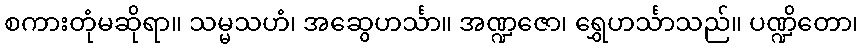
စကားတုံမဆိုရာ။ သမ္မသဟံ၊ အဆွေဟင်္သာ။ အဏ္ဍဇော၊ ရွှေဟင်္သာသည်။ ပဏ္ဍိတော၊